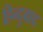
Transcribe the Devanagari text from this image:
हिन्दुवाद